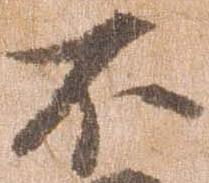
不